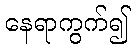
နေရာကွက်၍